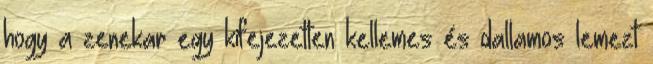
hogy a zenekar egy kifejezetten kellemes és dallamos lemezt